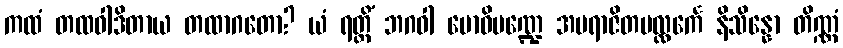
ကထံ တထဝါဒိတာယ တထာဂတော? ယံ ရတ္တိံ ဘဂဝါ ဗောဓိမဏ္ဍေ အပရာဇိတပလ္လင်္ကေ နိသိန္နော တိဏ္ဏံ